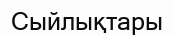
Сыйлықтары